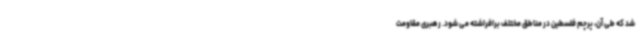
شد که طی آن، پرچم فلسطین در مناطق مختلف برافراشته می شود. رهبری مقاومت